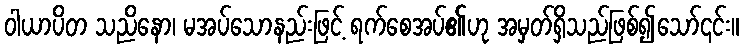
ဝါယာပိတ သညိနော၊ မအပ်သောနည်းဖြင့် ရက်စေအပ်၏ဟု အမှတ်ရှိသည်ဖြစ်၍သော်၎င်း။